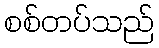
စစ်တပ်သည်